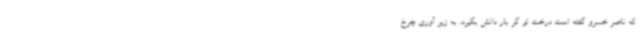
که ناصر خسرو گفته است درخت تو گر بار دانش بگیرد، به زیر آوری چرخ